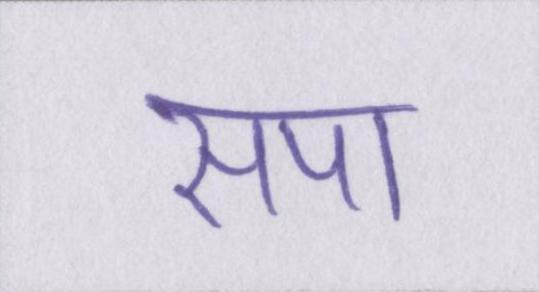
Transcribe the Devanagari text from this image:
सपा